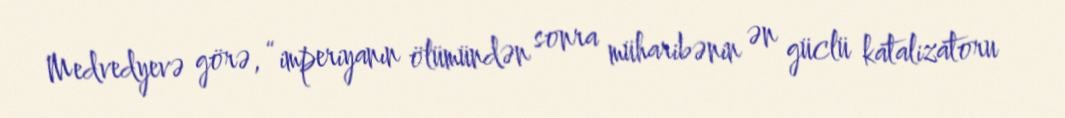
Medvedyevə görə, “imperiyanın ölümündən sonra müharibənin ən güclü katalizatoru